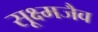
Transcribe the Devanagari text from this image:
सूक्ष्मजैव